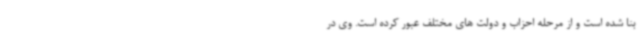
بنا شده است و از مرحله احزاب و دولت های مختلف عبور کرده است. وی در